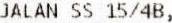
JALAN SS 15/4B,